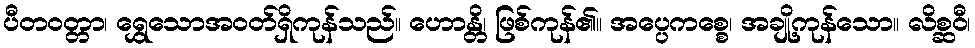
ပီတဝတ္တာ၊ ရွှေသောအဝတ်ရှိကုန်သည်။ ဟောန္တိ၊ ဖြစ်ကုန်၏။ အပ္ပေကစ္စေ၊ အချို့ကုန်သော။ လိစ္ဆဝီ၊